Source: Handwritten
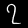
Digit: ၇ (7)